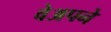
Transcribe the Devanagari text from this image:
वेअपने